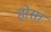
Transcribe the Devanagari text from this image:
होसा